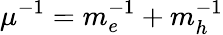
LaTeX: \mu^{-1}=m_{e}^{-1}+m_{h}^{-1}